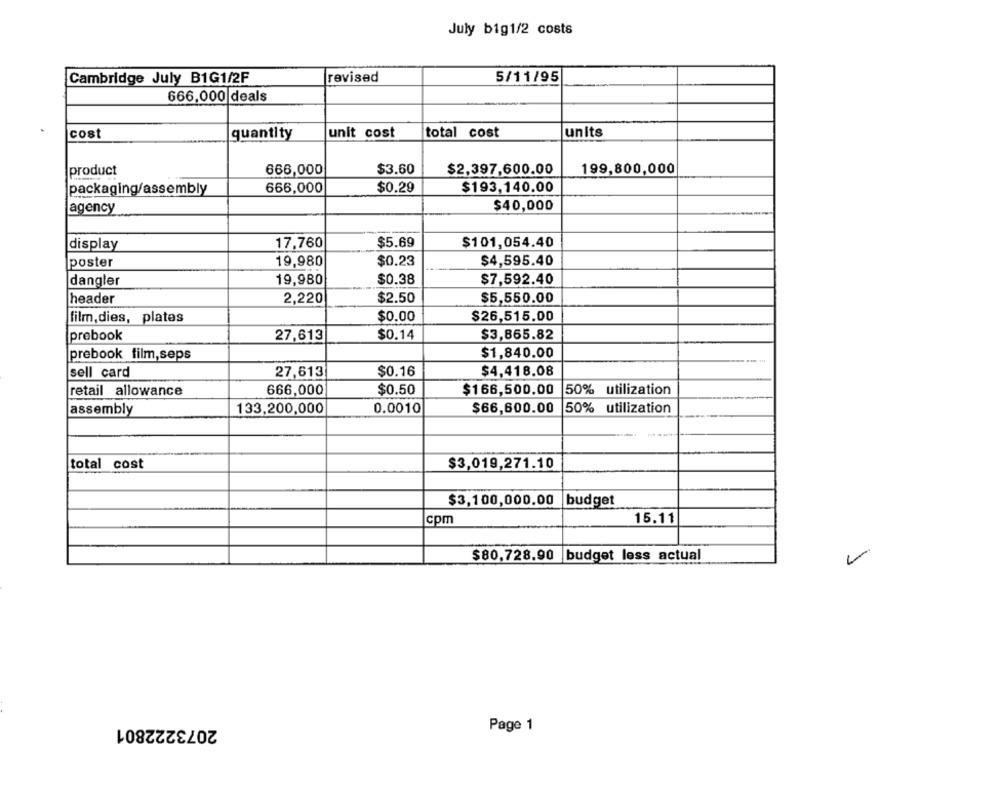
July big1/2 costs
Cambridge July B1G1/2F
revised
5/11/95
666,000 deals
cost
quantity
unit cost
total cost
units
product
666,000
$3.60
$2,397,600.00
199,800,000
packaging/assembly
666,000
$0.29
$193,140.00
$40,000
agency
display
17,760
$5.69
$101,054.40
poster
19,980
$0.23
$4,595.40
dangler
19,980
$0.38
$7,592.40
header
2,220
$2.50
$5,550.00
$26,515.00
film, dies, plates
$0.00
prebook
27,613
$0.14
$3,865.82
prebook film,seps
$1,840.00
sell card
27,613
$0.16
$4,418.08
retail allowance
666,000
$0.50
$166,500.00
50% utilization
assembly
133,200,000
0.0010
$66,600.00
50% utilization
total cost
$3,019,271.10
$3,100,000.00 |budget
cpm
15.11
$80,728.90 budget less actual
2073222801
Page 1